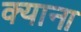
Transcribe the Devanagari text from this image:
क्याना